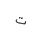
Letter: _ta